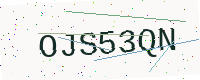
Text: OJS53QN